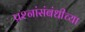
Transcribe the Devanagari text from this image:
प्रश्नांसंबंधीच्या